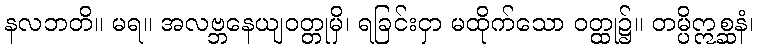
နလဘတိ။ မရ။ အလဗ္ဘနေယျဝတ္တုမှိ၊ ရခြင်းငှာ မထိုက်သော ဝတ္ထု၌။ တမ္ပိဣစ္ဆနံ၊